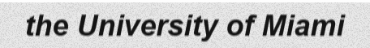
the University of Miami